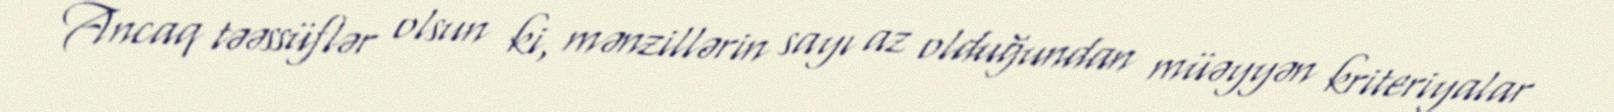
Ancaq təəssüflər olsun ki, mənzillərin sayı az olduğundan müəyyən kriteriyalar